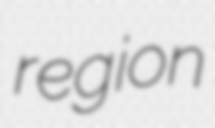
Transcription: region